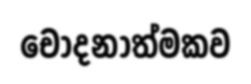
චෝදනාත්මකව